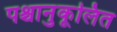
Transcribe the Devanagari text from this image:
पश्चानुकूलित